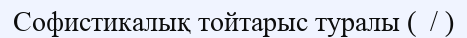
Софистикалық тойтарыс туралы (  / )